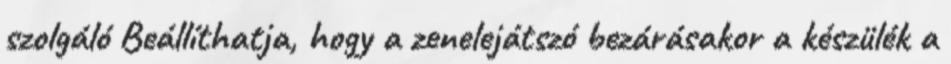
szolgáló Beállíthatja, hogy a zenelejátszó bezárásakor a készülék a